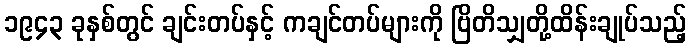
၁၉၄၃ ခုနှစ်တွင် ချင်းတပ်နှင့် ကချင်တပ်များကို ဗြိတိသျှတို့ထိန်းချုပ်သည့်